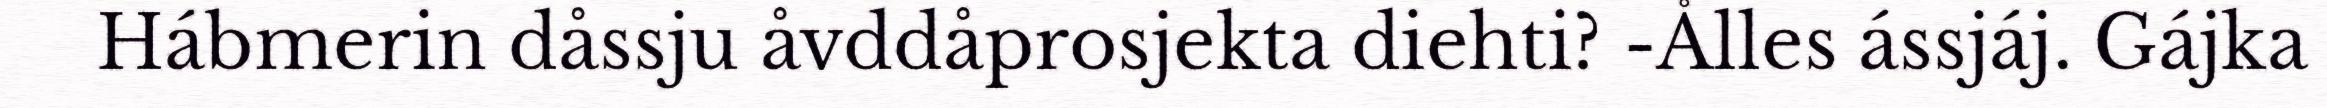
Hábmerin dåssju åvddåprosjekta diehti? -Ålles ássjáj. Gájka